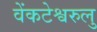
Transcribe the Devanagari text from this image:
वेंकटेश्वरुलु